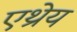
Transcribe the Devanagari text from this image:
एथ्रेय